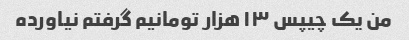
من یک چیپس ۱۳ هزار تومانیم گرفتم نیاورده